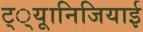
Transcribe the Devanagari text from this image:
ट््यूानिजियाई